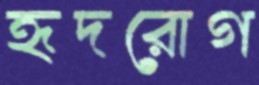
হৃদরোগ